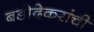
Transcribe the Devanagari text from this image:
बडोदेकरांची